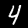
Label: 4